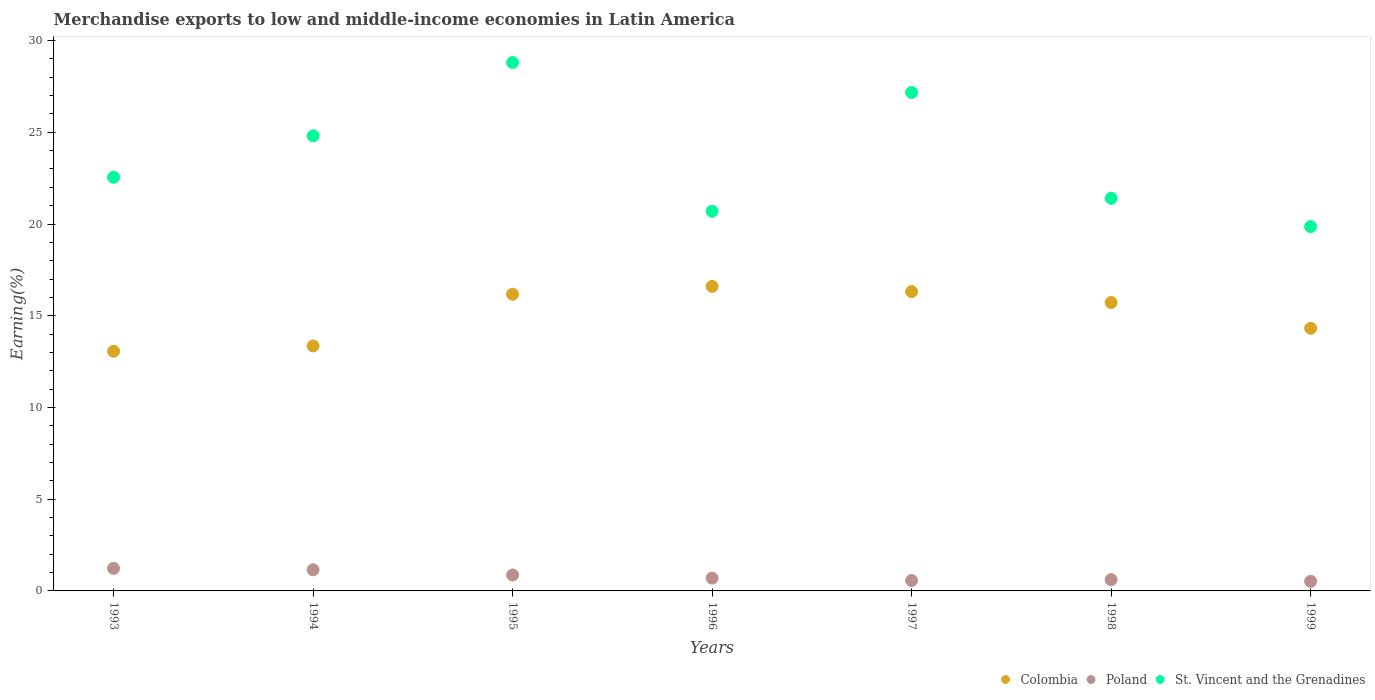
| Years | Colombia | Poland | St. Vincent and the Grenadines |
 | --- | --- | --- | --- |
 | 1993 | 13.1 | 1.23 | 22.5 |
 | 1994 | 13.4 | 1.15 | 24.8 |
 | 1995 | 16.2 | 0.868 | 28.8 |
 | 1996 | 16.6 | 0.698 | 20.7 |
 | 1997 | 16.3 | 0.565 | 27.2 |
 | 1998 | 15.7 | 0.616 | 21.4 |
 | 1999 | 14.3 | 0.524 | 19.9 |